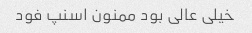
خیلی عالی بود ممنون اسنپ فود